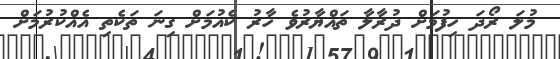
މުލަ ރޯދަ ހިފުމަށް ދުރާލާ ތައްޔާރުވެ ހާރު ކެއުމަށް ގިނަ ތަކެތި އެއްކުރުމަށް